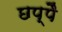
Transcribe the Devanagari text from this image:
छप्पै